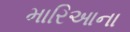
મારિઆના